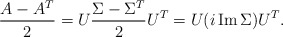
\begin{align*}\frac{A - A^T}{2} = U \frac{\Sigma - \Sigma^T}{2} U^T = U (i \operatorname{Im} \Sigma) U^T.\end{align*}